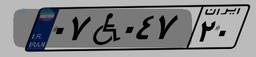
۰۷W۰۴۷۲۰